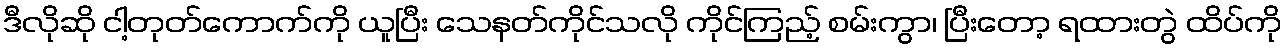
ဒီလိုဆို ငါ့တုတ်ကောက်ကို ယူပြီး သေနတ်ကိုင်သလို ကိုင်ကြည့် စမ်းကွာ၊ ပြီးတော့ ရထားတွဲ ထိပ်ကို